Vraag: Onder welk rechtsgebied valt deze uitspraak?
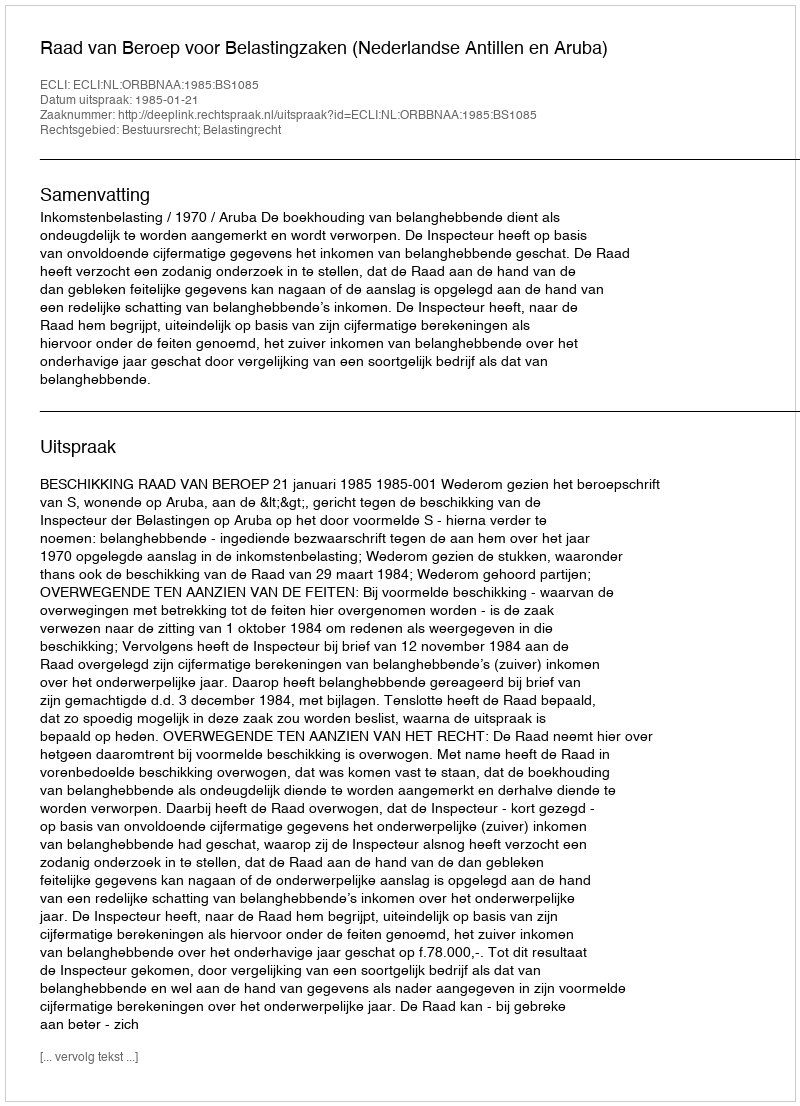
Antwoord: Bestuursrecht; Belastingrecht